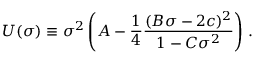
U ( \sigma ) \equiv \sigma ^ { 2 } \left( A - \frac 1 4 { \frac { ( B \sigma - 2 c ) ^ { 2 } } { 1 - C \sigma ^ { 2 } } } \right) \, .